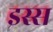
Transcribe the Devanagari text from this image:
इस्स